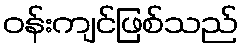
ဝန်းကျင်ဖြစ်သည်